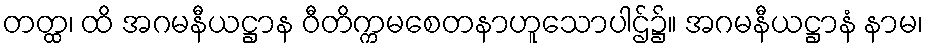
တတ္ထ၊ ထိ အဂမနီယဋ္ဌာန ဝီတိက္ကမစေတနာဟူသောပါဌ်၌။ အဂမနီယဋ္ဌာနံ နာမ၊